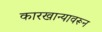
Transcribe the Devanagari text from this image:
कारखान्यावरून